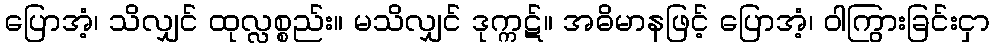
ပြောအံ့၊ သိလျှင် ထုလ္လစ္စည်း။ မသိလျှင် ဒုက္ကဋ်။ အဓိမာနဖြင့် ပြောအံ့၊ ဝါကြွားခြင်းငှာ